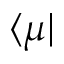
\langle \mu \vert